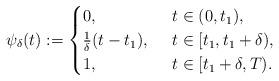
LaTeX: \begin{align*}\psi_\delta(t):=\begin{cases}0,&\,\,\,t \in (0, t_1), \\\frac{1}{\delta}(t-t_1), &\,\,\,t \in [t_1, t_1+\delta),\\1,&\,\,\,t \in [t_1+\delta, T).\end{cases}\end{align*}